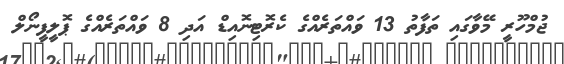
ޖުމްހޫރީ މޭވާގައި ތަފާތު 13 ވައްތަރެއްގެ ކެރޮޓިނޮއިޑް އަދި 8 ވައްތަރެއްގެ ޕޮލީފީނޯލް